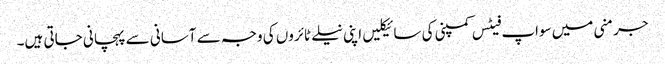
جرمنی میں سواپ فیٹس کمپنی کی سائیکلیں اپنی نیلے ٹائروں کی وجہ سے آسانی سے پہچانی جاتی ہیں۔